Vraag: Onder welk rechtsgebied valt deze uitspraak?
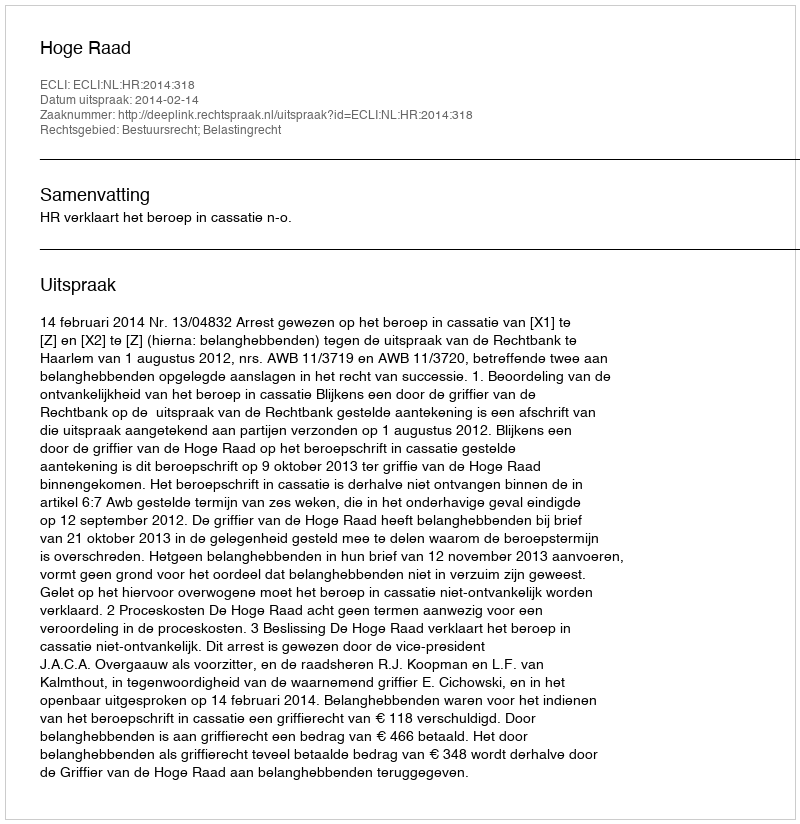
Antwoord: Bestuursrecht; Belastingrecht